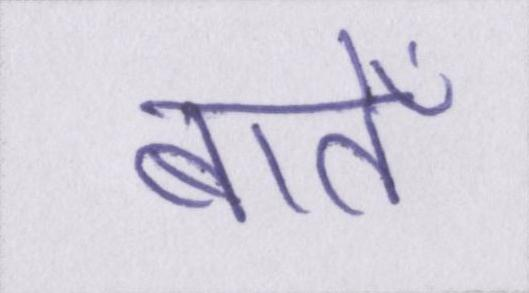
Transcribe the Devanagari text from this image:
बातेँ